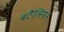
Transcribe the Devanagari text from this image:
बटैलियन